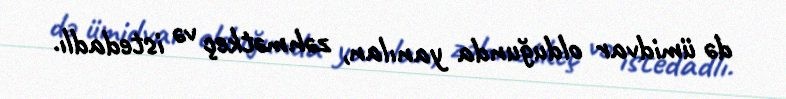
də ümidvar olduğunda yanılan, zəhmətkeç və istedadlı.